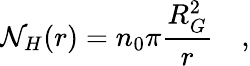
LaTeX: \mathcal{N}_{H}(r)=n_{0}\pi\frac{{R_{G}^{2}}}{{r}}\quad,